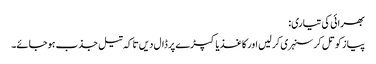
بھرائی کی تیاری:
پیاز کو تل کر سنہری کر لیں اور کاغذ یا کپڑے پر ڈال دیں تا کہ تیل جذب ہوجائے۔